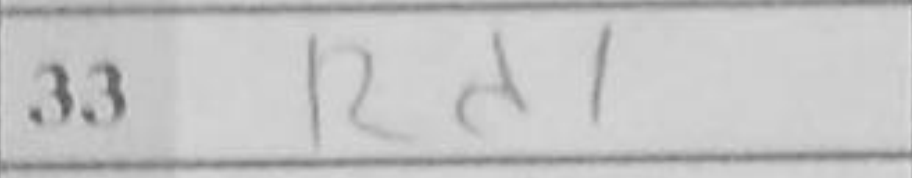
Transcription: Bxa5